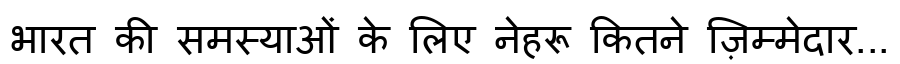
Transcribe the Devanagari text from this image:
भारत की समस्याओं के लिए नेहरू कितने ज़िम्मेदार...